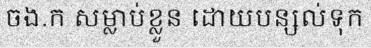
ចង.ក សម្លាប់ខ្លួន ដោយបន្សល់ទុក